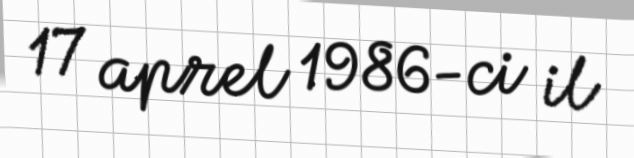
17 aprel 1986-ci il